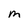
Character: M